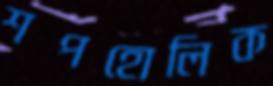
শপহোলিক